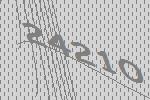
24210